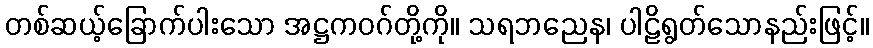
တစ်ဆယ့်ခြောက်ပါးသော အဋ္ဌကဝဂ်တို့ကို။ သရဘညေန၊ ပါဠိရွတ်သောနည်းဖြင့်။